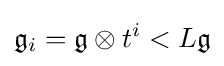
{\mathfrak {g}}_{i}={\mathfrak {g}}\otimes t^{i}<L{\mathfrak {g}}